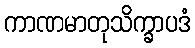
ကာဏမာတုသိက္ခာပဒံ